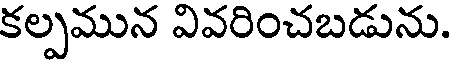
కల్పమున వివరించబడును.